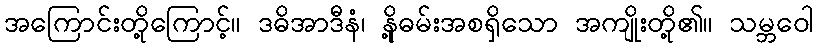
အကြောင်းတို့ကြောင့်။ ဒဓိအာဒီနံ၊ နို့ဓမ်းအစရှိသော အကျိုးတို့၏။ သမ္ဘဝေါ